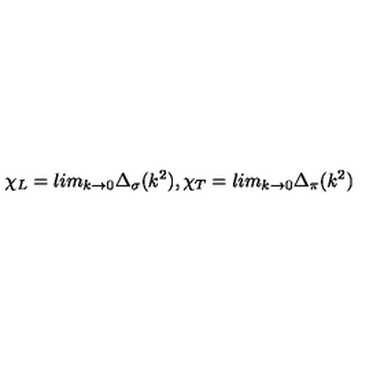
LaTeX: \chi _ { L } = l i m _ { k \rightarrow 0 } \Delta _ { \sigma } ( k ^ { 2 } ) , \chi _ { T } = l i m _ { k \rightarrow 0 } \Delta _ { \pi } ( k ^ { 2 } )